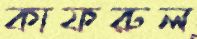
কাফরুল